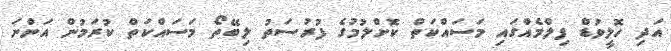
އަދި ހޮލީވުޑް ފިލްމެއްގައި މަސައްކަތް ކޮށްލުމުގެ ފުރުސަތު ލިބޭތޯ މަސައްކަތް ކުރަމުން އަންނަ